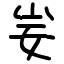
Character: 妛